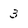
Character: 3